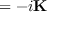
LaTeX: \mathbf { \partial } = - i \mathbf { K }